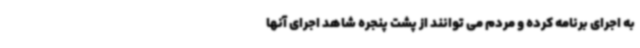
به اجرای برنامه کرده و مردم می توانند از پشت پنجره شاهد اجرای آنها